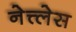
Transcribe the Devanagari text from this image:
नेत्त्लेस